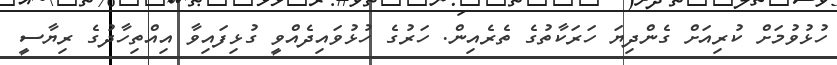
ހުޅުވުމަށް ކުރިއަށް ގެންދިޔަ ހަރަކާތުގެ ތެރެއިން. ހަރުގެ ހުޅުވައިދެއްވީ ގުޅިފައިވާ އިއްތިހާދުގެ ރިޔާސީ